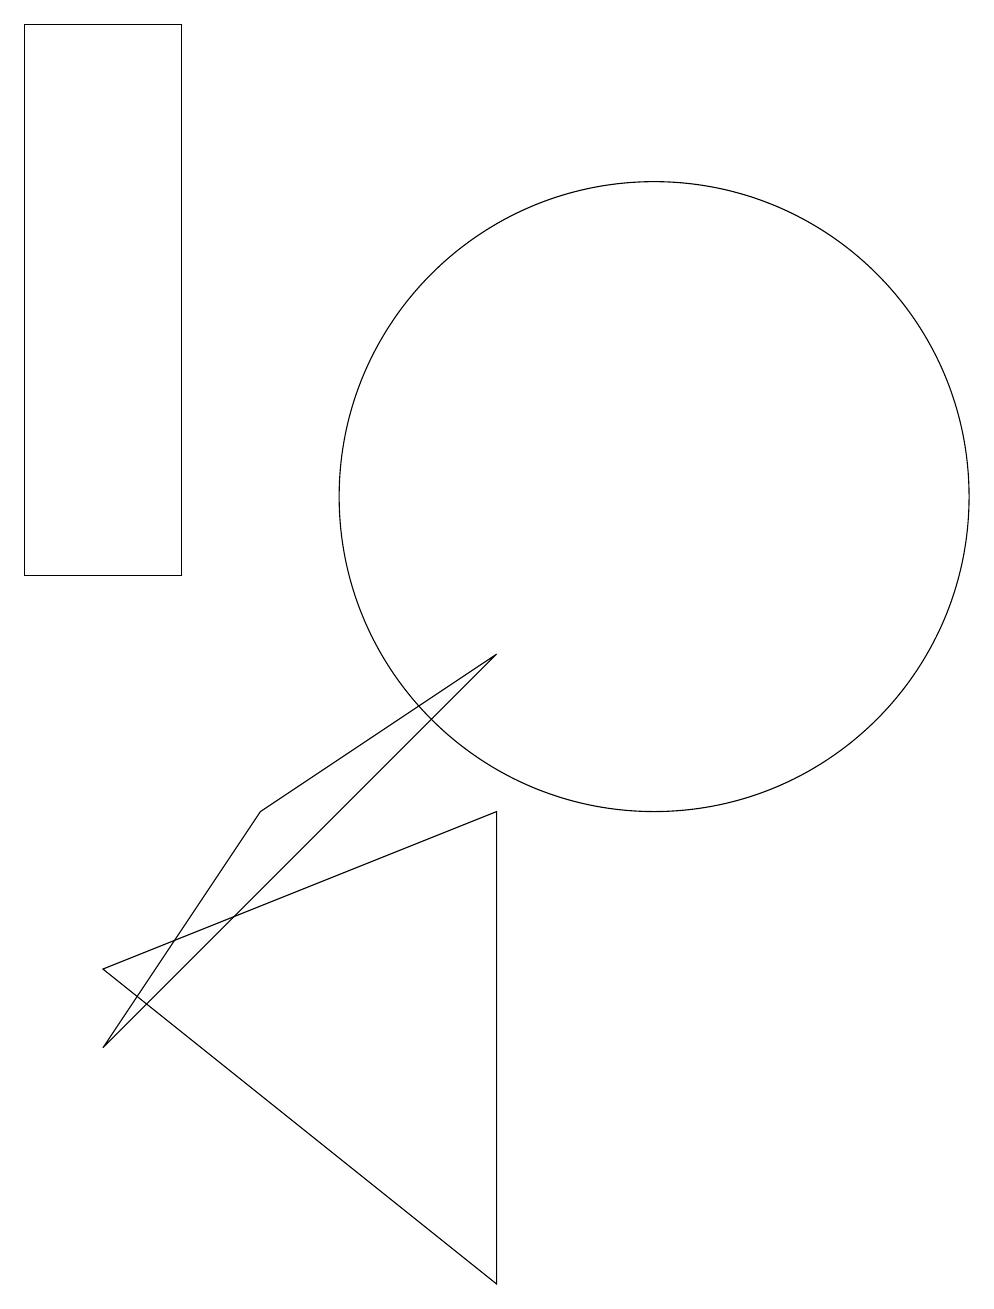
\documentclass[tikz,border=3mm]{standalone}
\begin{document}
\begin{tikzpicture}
\draw (11,11) circle (4);
\draw (9,1) -- (4,5) -- (9,7) -- cycle;
\draw (3,10) rectangle (5,17);
\draw (9,9) -- (6,7) -- (4,4) -- cycle;
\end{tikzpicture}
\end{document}